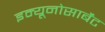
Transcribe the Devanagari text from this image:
इम्यूनोसार्बेंट